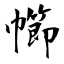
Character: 幯